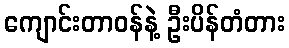
ကျောင်းတာဝန်နဲ့ ဦးပိန်တံတား